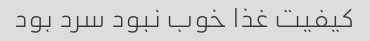
کیفیت غذا خوب نبود سرد بود